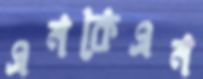
এনকেএন